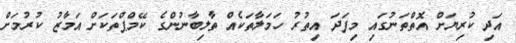
އަދި ކުރިޔަށް އޮތްތަނުގައި މިފަދަ އިތުރު ހަމަލާތަކެއް ތާލިބާނުންގެ ކޭމްޕްތަކަށް އަމާޒު ކުރުމަށް